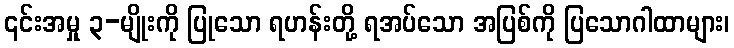
၎င်းအမှု ၃-မျိုးကို ပြုသော ရဟန်းတို့ ရအပ်သော အပြစ်ကို ပြသောဂါထာများ၊